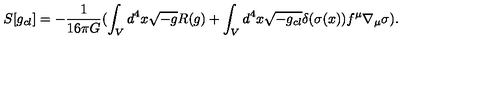
} S [ g _ { c l } ] = - \frac { 1 } { 1 6 \pi G } ( \int _ { V } d ^ { 4 } x \sqrt { - g } R ( g ) + \int _ { V } d ^ { 4 } x \sqrt { - g _ { c l } } \delta ( \sigma ( x ) ) f ^ { \mu } \nabla _ { \mu } \sigma ) .